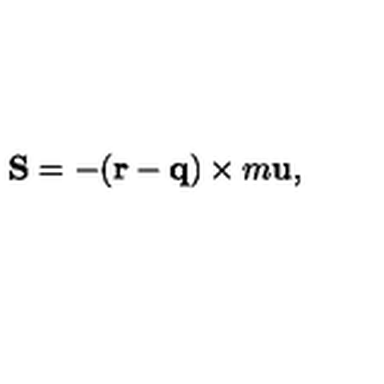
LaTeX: { \bf S } = - ( { \bf r } - { \bf q } ) \times m { \bf u } ,